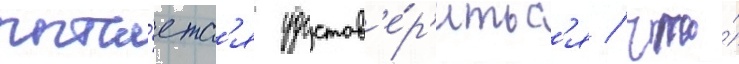
пыта́етс'я удостов'е́р'итьс'я / что́